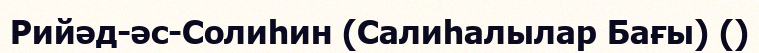
Рийәд-әс-Солиһин (Салиһалылар Бағы) ()